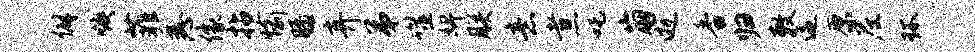
僻焕菲悉像拈愉膝弃弟噬婢朕意煮吒崩逝香归敕逼原尼环